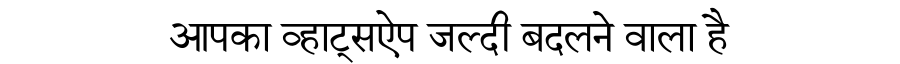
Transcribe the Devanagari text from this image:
आपका व्हाट्सऐप जल्दी बदलने वाला है